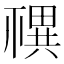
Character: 𥛴